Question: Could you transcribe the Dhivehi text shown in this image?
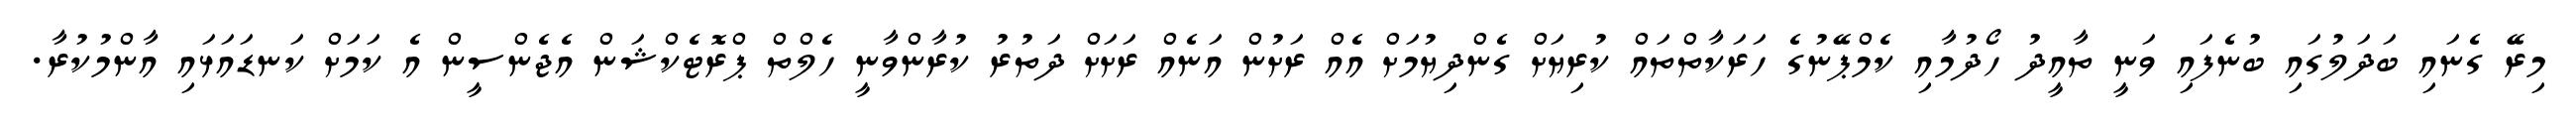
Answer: މިރޭ ގެނައި ބަދަލުގައި ބުނެފައި ވަނީ ތާއީދު ހޯދުމާއި ކެމްޕޭނުގެ ހަރަކާތްތައް ކުރިޔަށް ގެންދިޔުމަށް އެއް ރަށުން އަނެއް ރަށަށް ދަތުރު ކުރާންވާނީ ހެލްތް ޕްރޮޓެކްޝަން އެޖެންސީން އެ ކަމަށް ކަނޑައަޅައި އާންމުކުރާ.